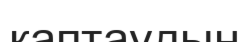
каптаудың